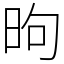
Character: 昫